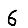
Digit: 6